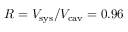
R = V _ { \mathrm { s y s } } / V _ { \mathrm { c a v } } = 0 . 9 6